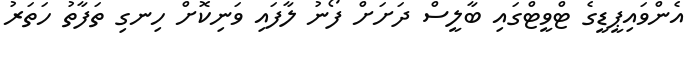
އެންވައިޕީޑީގެ ޓްވީޓްގައި ބާލީސް ދަށަށް ފޯނު ލާފައި ވަނިކޮށް ހިނގި ތަފާތު ހަތަރު